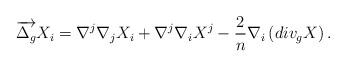
LaTeX: \begin{align*}\overrightarrow{\Delta_g}X_i=\nabla^j\nabla_j X_i+\nabla^j\nabla_iX^j-\frac{2}{n}\nabla_i\left(div_g X\right).\end{align*}